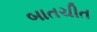
બાતચીત